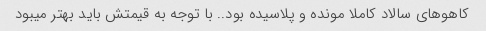
کاهوهای سالاد کاملا مونده و پلاسیده بود.. با توجه به قیمتش باید بهتر میبود